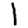
Digit: 1